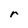
Character: r